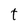
Character: t